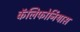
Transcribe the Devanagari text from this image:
कॅलिफोर्नियास